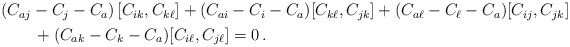
\begin{align*}\begin{aligned}&(C_{aj}-C_j-C_a)\,[C_{ik},C_{k\ell}] +(C_{ai}-C_i-C_a)[C_{k\ell},C_{jk}] +(C_{a\ell}-C_\ell-C_a) [C_{ij},C_{jk}] \\& \qquad+(C_{ak}-C_k-C_a)[C_{i\ell},C_{j\ell}] =0\,.\end{aligned}\end{align*}